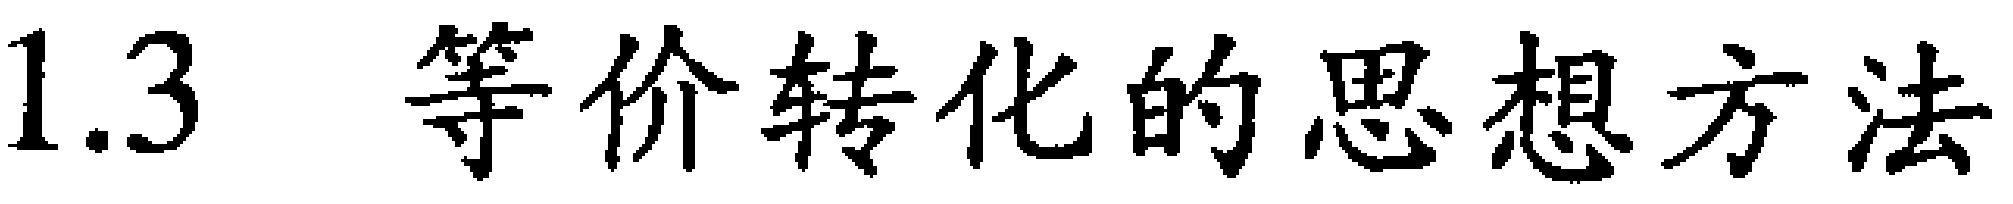
1.3 等价转化的思想方法